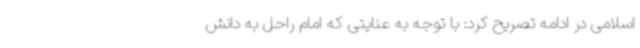
اسلامی در ادامه تصریح کرد: با توجه به عنایتی که امام راحل به دانش